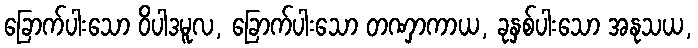
ခြောက်ပါးသော ဝိပါဒမူလ, ခြောက်ပါးသော တဏှာကာယ, ခုနှစ်ပါးသော အနုသယ,